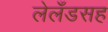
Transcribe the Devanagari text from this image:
लेलँडसह